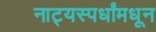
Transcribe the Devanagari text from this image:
नाट्यस्पर्धांमधून